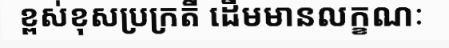
ខ្ពស់ខុសប្រក្រតី ដើមមានលក្ខណៈ